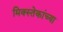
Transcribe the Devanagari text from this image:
मिक्स्तेकांच्या